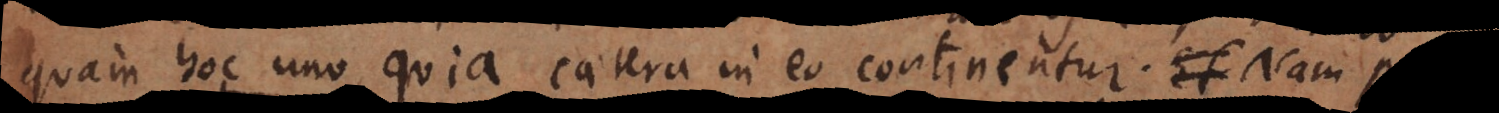
quam hoc uno, quia caetera in eo continentur. Nam